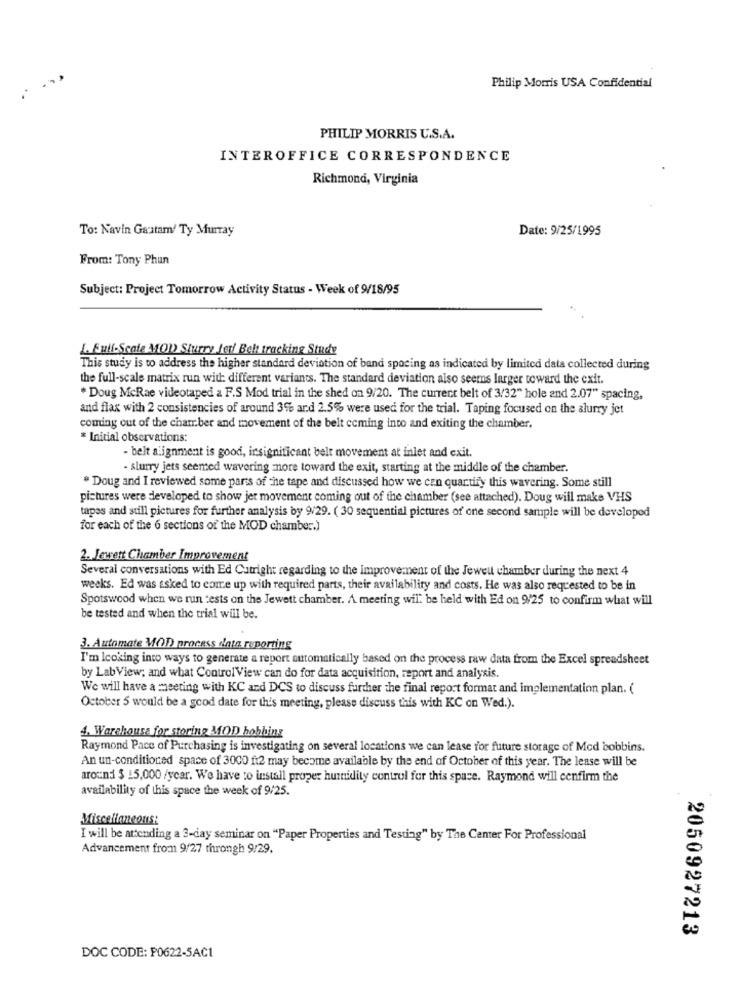
Philip Morris USA Confidential
PHILIP MORRIS U.S.A.
INTEROFFICE CORRESPONDENCE
Richmond, Virginia
To: Navin Gautam/ Ty Murray
Date: 9/25/1995
From: Tony Phun
Subject: Project Tomorrow Activity Status - Week of 9/18/95
L. Full-Scale MOD Slurry ler! Beh tracking Stude
This study is to address the higher standard deviation of band spacing as indicated by limited data collected during
the full-scale matrix run with different variants. The standard deviation also seems larger toward the exit.
* Doug McRae videotaped a F.S Mod trial in the shed on 9/20. The current belt of 3/32" hole and 2.07" spacing,
and flax with 2 consistencies of around 3% and 2.5% were used for the trial. Taping focused on the slurry jet
coming out of the chamber and movement of the belt coming into and exiting the chamber,
* Initial observations:
- belt alignment is good, insignificant belt movement at inlet and exit.
- slurry jets seemed wavering more toward the exit, starting at the middle of the chamber.
* Doug and I reviewed some parts of the tape and discussed how we can quartify this wavering. Some still
pictures were developed to show jer movement coming out of the chamber (see attached). Doug will make VHS
tapas and still pictures for further analysis by 9/29. ( 30 sequential pictures of one second sample will be developed
for each of the 6 sections of the MOD chamber.)
2. Jewett Chamber Improvement
Several conversations with Ed Cutright regarding to the Improvement of the Jewel chamber during the next 4
weeks. Ed was asked to come up with required parts, their availability and costs. He was also requested to be in
Spotswood when we run tests on the Jewett chamber. A meeting will be held with Ed on 9/25 to confirm what will
be tested and when the trial will be.
3. Automate MOD) process data reporting
I'm looking into ways to generate a report automatically based on the process raw data from the Excel spreadsheet
by Lab View; and what ControlView can do for data acquisition, report and analysis.
We will have a meeting with KC and DCS to discuss further the final report format and implementation plan. (
October 5 would be a good date for this meeting, please discuss this with KC on Wed.).
4. Warehouse for storing MOD hobhing
Raymond Pace of Purchasing is investigating on several locations we can lease for future storage of Med bobbins.
An un-conditioned space of 3000 ft2 may become available by the end of October of this year. The lease will be
around $ 15,000 /year. We have to install proper humidity control for this space. Raymond will confirm the
availability of this space the week of 9/25.
Miscellaneous:
I will be attending a 3-day seminar on "Paper Properties and Testing" by The Center For Professional
Advancement from 9/27 throngh 9/29.
2050927213
DOC CODE: P0622-5AC1